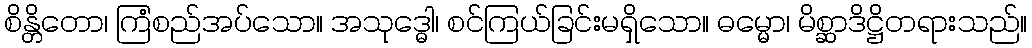
စိန္တိတော၊ ကြံစည်အပ်သော။ အသုဒ္ဓေါ၊ စင်ကြယ်ခြင်းမရှိသော။ ဓမ္မော၊ မိစ္ဆာဒိဋ္ဌိတရားသည်။